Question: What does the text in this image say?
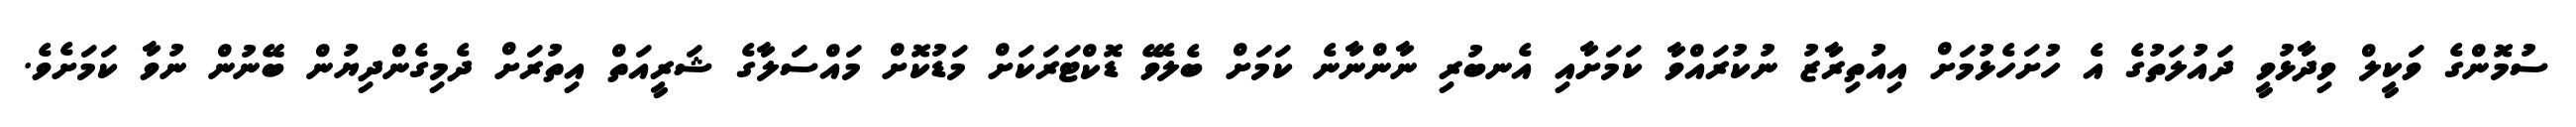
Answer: ސުމޮންގެ ވަކީލް ވިދާޅުވީ ދައުލަތުގެ އެ ހުށަހެޅުމަށް އިއުތިރާޒު ނުކުރައްވާ ކަމަށާއި އެނބުރި ނާންނާނެ ކަމަށް ބެލެވޭ ޑޮކްޓަރަކަށް މަޑުކޮށް މައްސަލާގެ ޝަރީއަތް އިތުރަށް ދެމިގެންދިޔުން ބޭނުން ނުވާ ކަމަށެވެ.